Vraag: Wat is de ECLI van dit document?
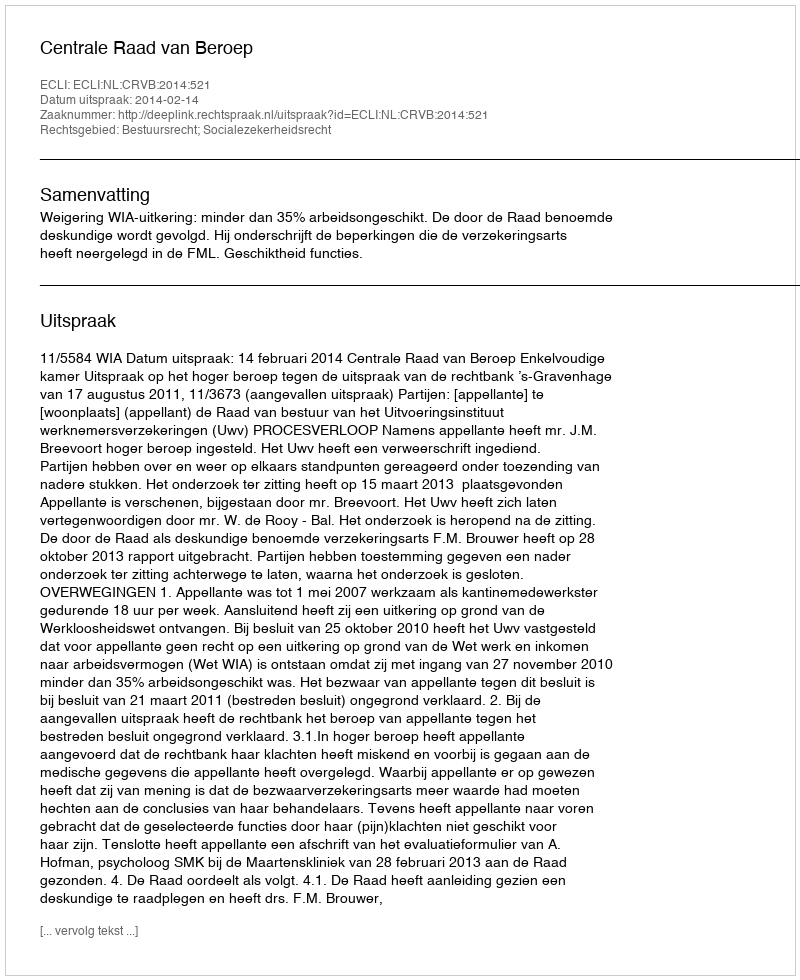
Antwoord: ECLI:NL:CRVB:2014:521